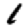
Digit: 1